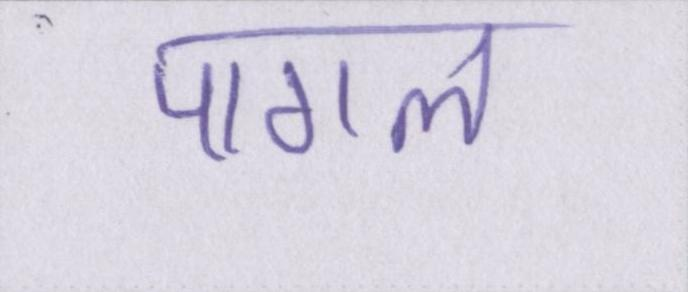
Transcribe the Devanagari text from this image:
पागल